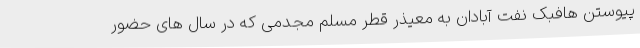
پیوستن هافبک نفت آبادان به معیذر قطر مسلم مجدمی که در سال های حضور